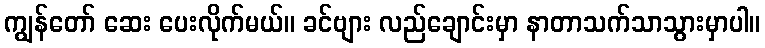
ကျွန်တော် ဆေး ပေးလိုက်မယ်။ ခင်ဗျား လည်ချောင်းမှာ နာတာသက်သာသွားမှာပါ။